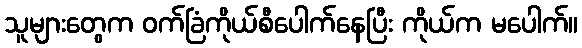
သူများတွေက ဝက်ခြံကိုယ်စီပေါက်နေပြီး ကိုယ်က မပေါက်။